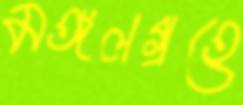
মঙ্গলগ্রহে